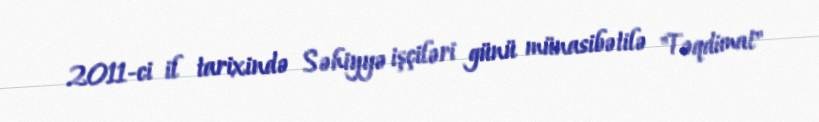
2011-ci il tarixində Səhiyyə işçiləri günü münasibətilə "Təqdimat"